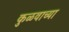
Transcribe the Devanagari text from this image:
कुळवाच्या